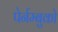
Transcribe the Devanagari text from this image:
पेर्नम्बुको